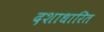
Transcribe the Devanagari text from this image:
दशाधारित